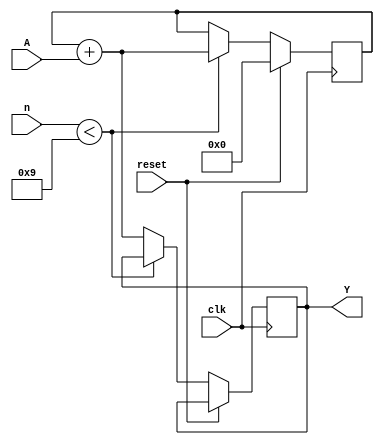
module accumulator(
  input clk, reset,
  input [31:0] A,
  input [3:0] n,           // Keeps track of n inputs
  output reg [31:0] Y
);

reg [31:0] sum;            // Accumulated sum


always @(posedge clk) begin
  if (reset == 1) begin
    sum <= 32'b0;          // Initialize sum as 0 when circuit is reset
  end

  else begin
    if (n < 4'b1001) begin // 0-9 n inputs added, 10 in total
      sum <= sum + A;
    end
    else begin
      Y <= sum + A;       // Final sum assigned to output Y
    end
  end

end

endmodule